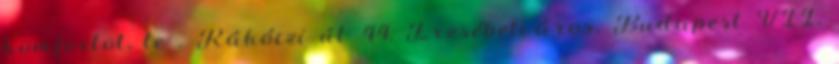
komfortot, te . Rákóczi út 44, Erzsébetváros, Budapest VII.